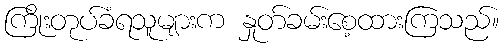
ကြိုးတုပ်ခံရသူများက နှုတ်ခမ်းစေ့ထားကြသည်။